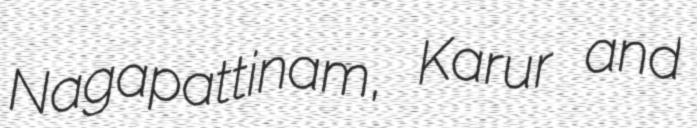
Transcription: Nagapattinam, Karur and